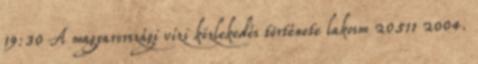
19:30 A magyarországi vízi közlekedés története lakosm 20511 2004.